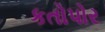
કતોપોર